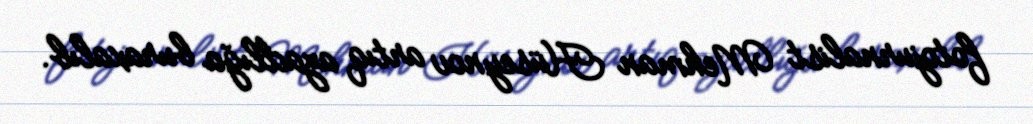
fotojurnalist Mehman Hüseynov artıq azadlığa buraxalıb.